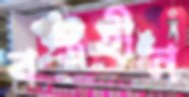
বস্ত্রহীন